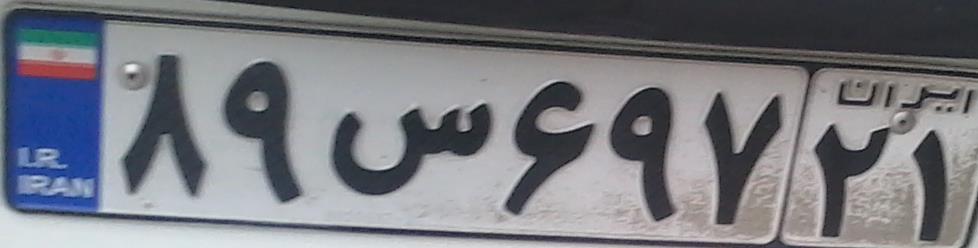
۸۹س۶۹۷۲۱